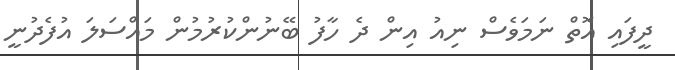
ދީފައި އޮތް ނަމަވެސް ނިއު އިން ދެ ހާފު ބޭނުންކުރުމުން މައްސަލަ އުފެދުނީ